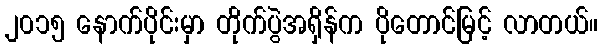
၂၀၁၅ နောက်ပိုင်းမှာ တိုက်ပွဲအရှိန်က ပိုတောင်မြင့် လာတယ်။